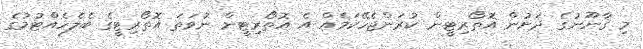
މި ޤާނޫނުގެ ދަށުން އޮތޯރިޓީން ކުރަންޖެހޭކަމެއް އެ އޮތޯރިޓީން ނުވަތަ އޮތޯރިޓީގެ ބެލެހެއްޓުމުގެ